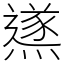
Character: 鿪